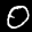
Label: 0